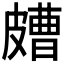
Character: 𥀛